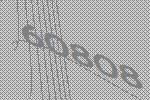
60808